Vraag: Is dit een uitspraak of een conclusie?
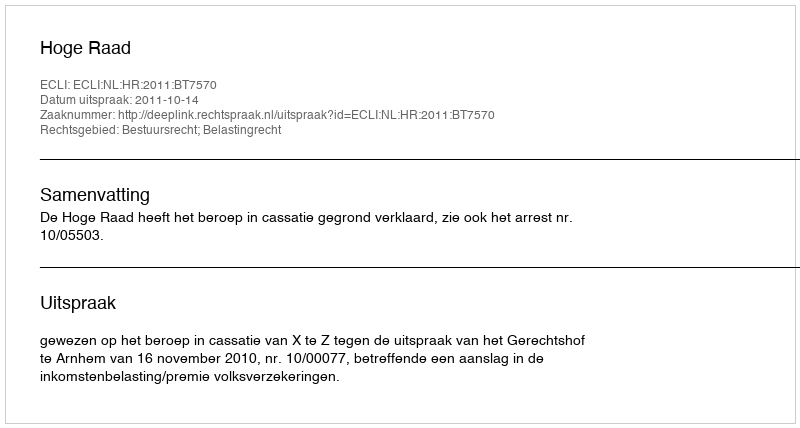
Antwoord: Uitspraak